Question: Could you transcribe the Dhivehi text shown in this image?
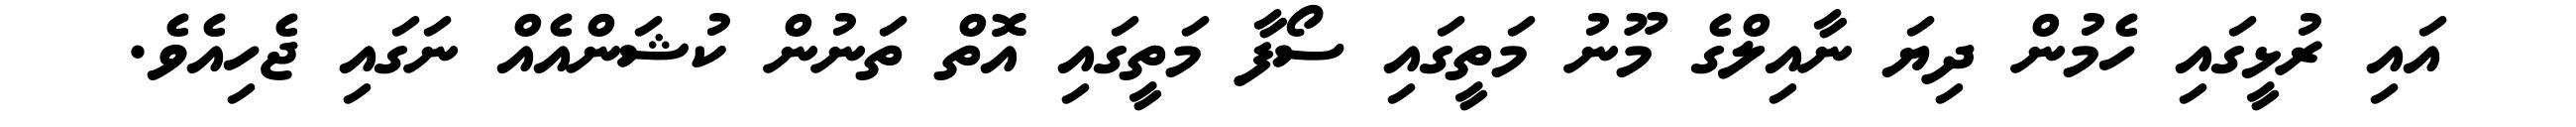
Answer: އައި ރުޅީގައި ހެމުން ދިޔަ ނާއިލްގެ މޫނު މަތީގައި ސޯފާ މަތީގައި އޮތް ތަނުން ކުޝަންއެއް ނަގައި ޖެހިއެވެ.